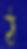
ঠ